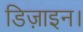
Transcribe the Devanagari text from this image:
डिज़ाइन।